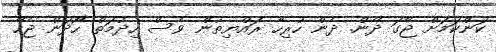
ކަންކަމަށް ޖާގަ ދޭން. ދެން ހުރިހާ ރައްޔިތުން ވެސް ހިދުމަތް ހޯދަން ޖެހޭ